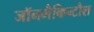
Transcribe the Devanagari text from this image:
जॉनमैकिन्टौश